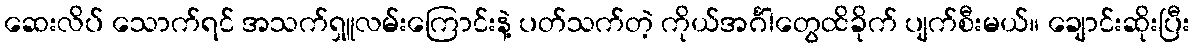
ဆေးလိပ် သောက်ရင် အသက်ရှူလမ်းကြောင်းနဲ့ ပတ်သက်တဲ့ ကိုယ်အင်္ဂါတွေထိခိုက် ပျက်စီးမယ်။ ချောင်းဆိုးပြီး